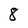
Character: 8